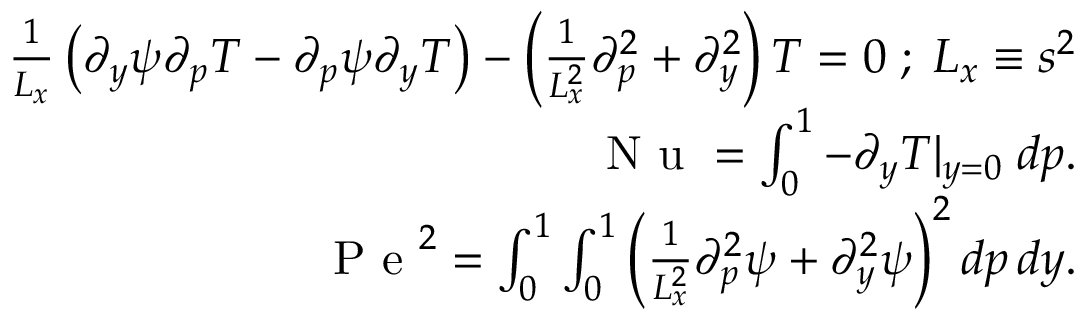
\begin{array} { r } { \frac { 1 } { L _ { x } } \left( \partial _ { y } \psi \partial _ { p } T - \partial _ { p } \psi \partial _ { y } T \right) - \left( \frac { 1 } { L _ { x } ^ { 2 } } \partial _ { p } ^ { 2 } + \partial _ { y } ^ { 2 } \right) T = 0 \; ; \; L _ { x } \equiv s ^ { 2 } } \\ { \mathrm { ~ N ~ u ~ } = \int _ { 0 } ^ { 1 } - \partial _ { y } T | _ { y = 0 } \; d p . } \\ { \mathrm { ~ P ~ e ~ } ^ { 2 } = \int _ { 0 } ^ { 1 } \int _ { 0 } ^ { 1 } \left( \frac { 1 } { L _ { x } ^ { 2 } } \partial _ { p } ^ { 2 } \psi + \partial _ { y } ^ { 2 } \psi \right) ^ { 2 } d p \, d y . } \end{array}